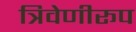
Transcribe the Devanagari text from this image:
त्रिवेणीरूप